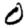
Digit: 0